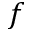
f